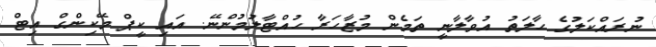
ނުރައްކަލުގެ ހާލަތު އުވާލާނީ ތަމެން މުޒާހަރާ ހުއްޓާލުމުންނޭ. އައި ކީޕް މޭކިންގް އިޓް